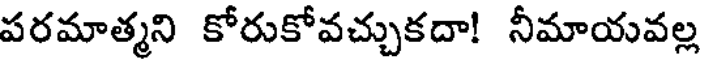
పరమాత్మని కోరుకోవచ్చుకదా! నీమాయవల్ల